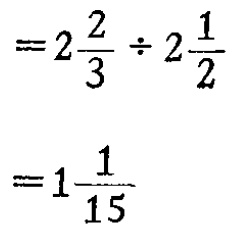
\[

\begin{align*}

&=2\frac{2}{3}\div2\frac{1}{2}\\

&=1\frac{1}{15}

\end{align*}

\]